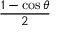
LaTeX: \frac { 1 - \cos \theta } { 2 }